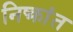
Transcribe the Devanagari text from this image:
निष्क्रांत